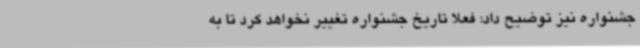
جشنواره نیز توضیح داد: فعلا تاریخ جشنواره تغییر نخواهد کرد تا به